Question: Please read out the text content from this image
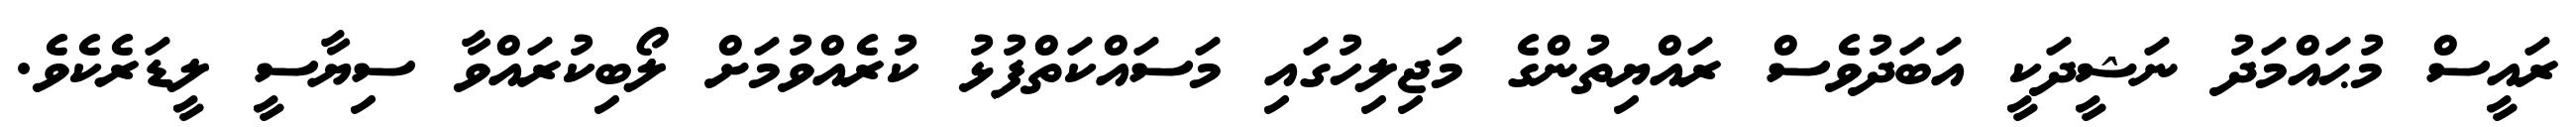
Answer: ރައީސް މުޙައްމަދު ނަޝީދަކީ އަބަދުވެސް ރައްޔިތުންގެ މަޖިލިހުގައި މަސައްކަތްފުޅު ކުރެއްވުމަށް ލޯބިކުރައްވާ ސިޔާސީ ލީޑަރެކެވެ.